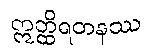
ဣတ္ထိရတနဿ